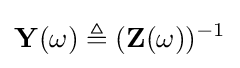
\mathbf {Y} (\omega )\triangleq (\mathbf {Z} (\omega ))^{-1}